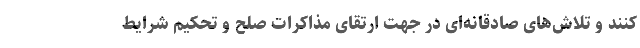
کنند و تلاش‌های صادقانه‌ای در جهت ارتقای مذاکرات صلح و تحکیم شرایط